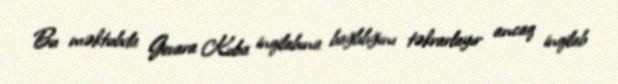
Bu məktubda Gevara Kuba inqilabına bağlılığını təkrarlayır ancaq inqilab